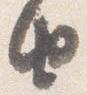
由